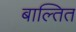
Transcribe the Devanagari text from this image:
बाल्तित